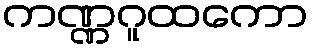
ကဏ္ဏဂူထကော